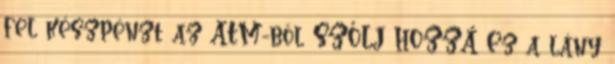
fel készpénzt az ATM-ből SZÓLJ HOZZÁ Ez a lány